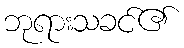
ဘုရားသခင်၏